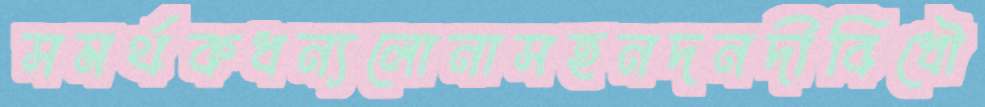
সমর্থকধন্যলোনাসহনদনদীবিধৌ